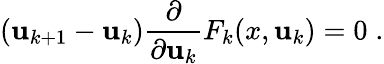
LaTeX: (\mathbf{u}_{k+1}-\mathbf{u}_{k})\frac{{\partial}}{{\partial\mathbf{u}_{k}}}F_{k}(x,\mathbf{u}_{k})=0\; .